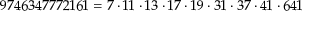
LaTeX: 9 7 4 6 3 4 7 7 7 2 1 6 1 = 7 \cdot 1 1 \cdot 1 3 \cdot 1 7 \cdot 1 9 \cdot 3 1 \cdot 3 7 \cdot 4 1 \cdot 6 4 1